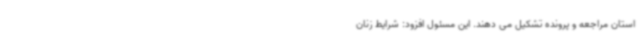
استان مراجعه و پرونده تشکیل می دهند. این مسئول افزود: شرایط زنان